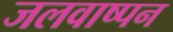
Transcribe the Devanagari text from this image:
जलवाष्पन